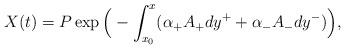
LaTeX: \begin{align*}X(t) = P \exp \Big(- \int_{x_{0}}^x (\alpha_+ A_+ dy^++\alpha_- A_- dy^-) \Big),\end{align*}